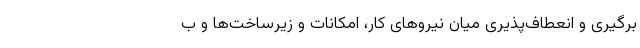
برگیری و انعطاف‌پذیری میان نیروهای کار،‌ امکانات و زیرساخت‌ها و ب